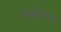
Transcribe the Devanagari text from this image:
अर्द्धसम